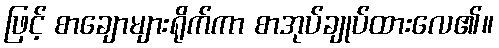
ဖြင့် စာချောများရိုက်ကာ စာအုပ်ချုပ်ထားလေ၏။